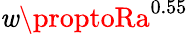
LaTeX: \mathit{w}\proptoRa^{0.55}